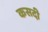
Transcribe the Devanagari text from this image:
कसदी